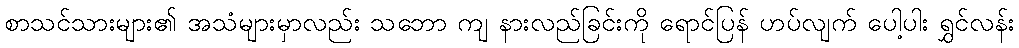
စာသင်သားများ၏ အသံများမှာလည်း သဘော ကျ နားလည်ခြင်းကို ရောင်ပြန် ဟပ်လျက် ပေါ့ပါး ရွှင်လန်း